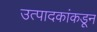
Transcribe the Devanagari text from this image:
उत्पादकांकडून